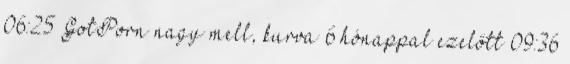
06:25 GotPorn nagy mell, kurva 6 hónappal ezelőtt 09:36